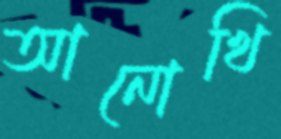
আনোখি